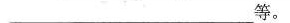
___等。